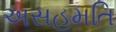
અસહમતિ